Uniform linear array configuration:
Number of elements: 24
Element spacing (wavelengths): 0.25
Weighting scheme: hamming
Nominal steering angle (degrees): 0
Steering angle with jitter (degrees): -1.006
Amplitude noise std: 0.05
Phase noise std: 0.05

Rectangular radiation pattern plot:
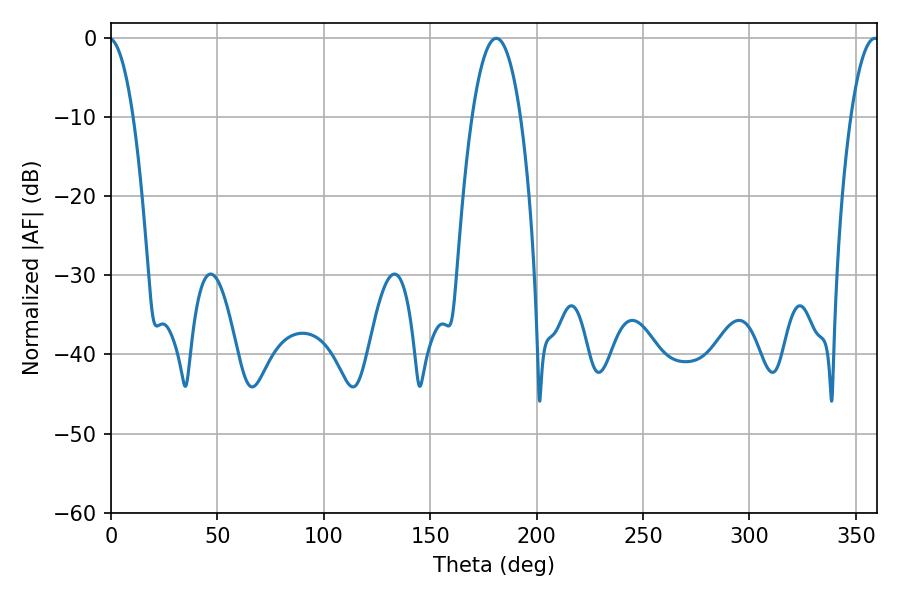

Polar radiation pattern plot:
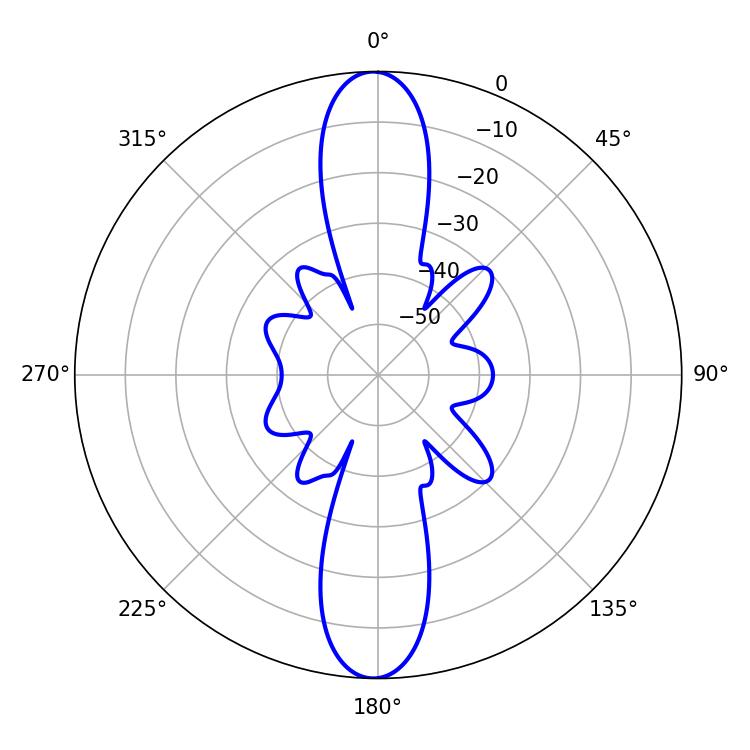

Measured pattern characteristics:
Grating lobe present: FALSE
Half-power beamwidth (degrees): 12.6
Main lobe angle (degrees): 181.08